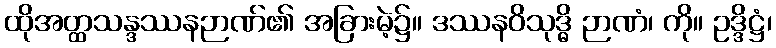
ထိုအတ္ထသန္ဒဿနဉာဏ်၏ အခြားမဲ့၌။ ဒဿနဝိသုဒ္ဓိ ဉာဏံ၊ ကို။ ဥဒ္ဒိဋ္ဌံ၊